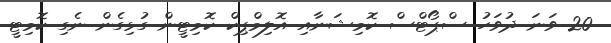
20 ވަނަ ދުވަހު ސްޕޯޓްސް ކޮމިޝަނާއި އޮލިމްޕިކް ކޮމިޓީން ގުޅިގެން ނެގި ކޮމިޓީ